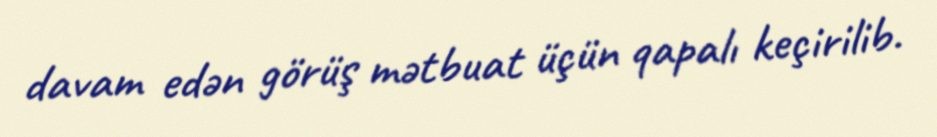
davam edən görüş mətbuat üçün qapalı keçirilib.